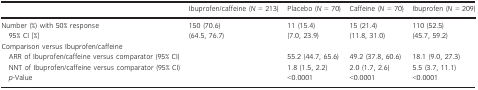
|  | Ibuprofen/caffeine (N = 213) | Placebo (N = 70) | Caffeine (N = 70) | Ibuprofen (N = 209) |
 | --- | --- | --- | --- | --- |
 | Number (%) with 50% response | 150 (70.6) | 11 (15.4) | 15 (21.4) | 110 (52.5) |
 | 95% CI [%] | (64.5, 76.7) | (7.0, 23.9) | (11.8, 31.0) | (45.7, 59.2) |
 | <COLSPAN=5> Comparison versus Ibuprofen/caffeine |
 | ARR of Ibuprofen/caffeine versus comparator (95% CI) | <ROWSPAN=3>  | 55.2 (44.7, 65.6) | 49.2 (37.8, 60.6) | 18.1 (9.0, 27.3) |
 | NNT of Ibuprofen/caffeine versus comparator (95% CI) | 1.8 (1.5, 2.2) | 2.0 (1.7, 2.6) | 5.5 (3.7, 11.1) |
 | p‐Value | <0.0001 | <0.0001 | <0.0001 |